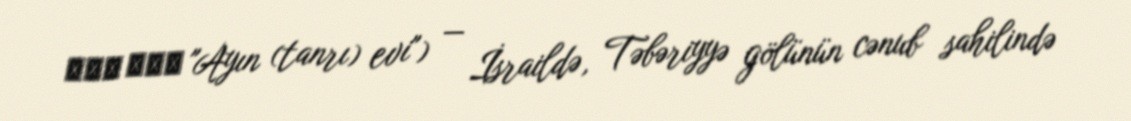
בית ירח "Ayın (tanrı) evi") — İsraildə, Təbəriyyə gölünün cənub sahilində